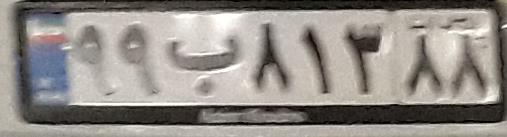
۹۹ب۸۱۳۸۸